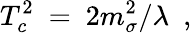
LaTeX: T_{c}^{2}\ =\ 2m_{\sigma}^{2}/\lambda\ \ ,